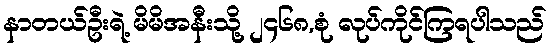
နာတယ်ဦးရဲ့ မိမိအနီးသို့ ၂၄၆၈,စုံ လုပ်ကိုင်ကြရပါသည်